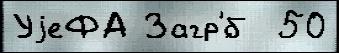
УjеФА Загр'́б  50